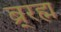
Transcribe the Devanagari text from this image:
ब्र्रह्म